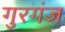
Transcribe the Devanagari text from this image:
गुरगंज